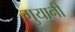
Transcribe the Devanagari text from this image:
गुयानी